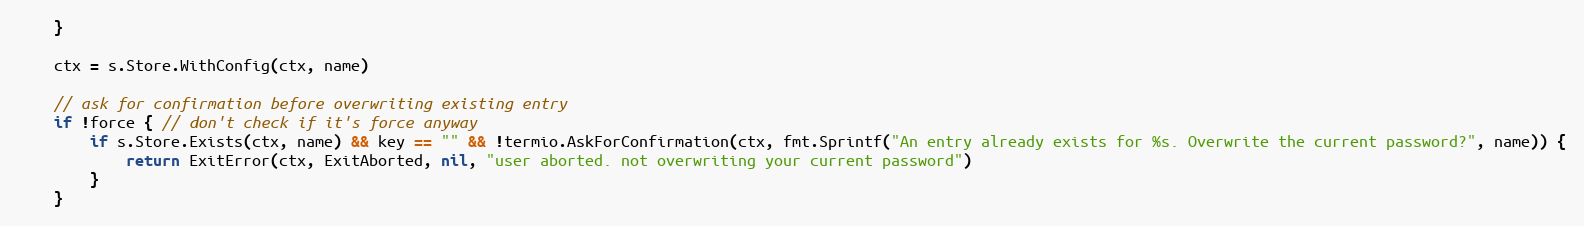
Language: Go
	}

	ctx = s.Store.WithConfig(ctx, name)

	// ask for confirmation before overwriting existing entry
	if !force { // don't check if it's force anyway
		if s.Store.Exists(ctx, name) && key == "" && !termio.AskForConfirmation(ctx, fmt.Sprintf("An entry already exists for %s. Overwrite the current password?", name)) {
			return ExitError(ctx, ExitAborted, nil, "user aborted. not overwriting your current password")
		}
	}